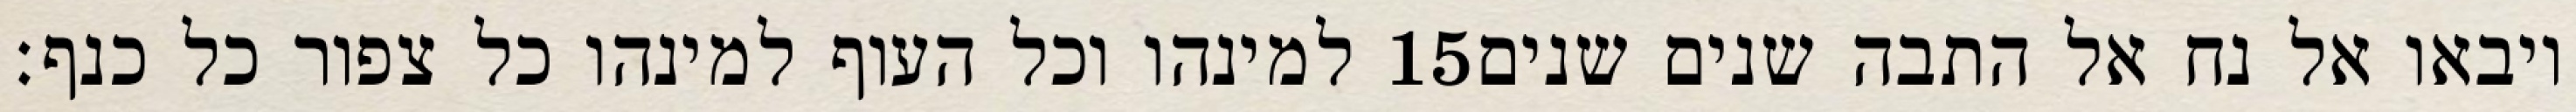
למינהו וכל העוף למינהו כל צפור כל כנף׃ ‎15‏ ויבאו אל נח אל התבה שנים שנים